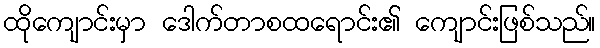
ထိုကျောင်းမှာ ဒေါက်တာစထရောင်း၏ ကျောင်းဖြစ်သည်။